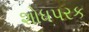
શોધપરક